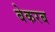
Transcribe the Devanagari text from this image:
बेकरब